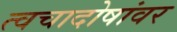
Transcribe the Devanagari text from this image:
त्वचादोषांवर